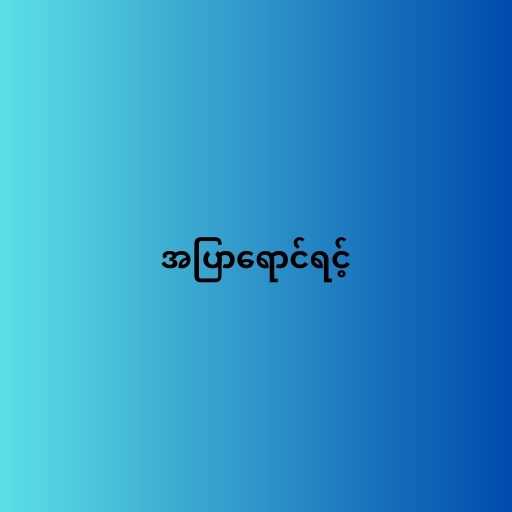
အပြာရောင်ရင့်